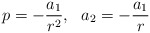
\begin{align*}p=-\frac{a_{1}}{r^2},~~a_{2}=-\frac{a_{1}}{r}\end{align*}